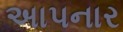
અાપનાર